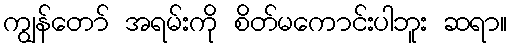
ကျွန်တော် အရမ်းကို စိတ်မကောင်းပါဘူး ဆရာ။